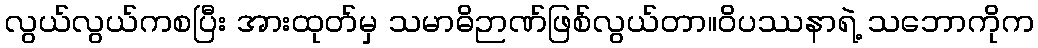
လွယ်လွယ်ကစပြီး အားထုတ်မှ သမာဓိဉာဏ်ဖြစ်လွယ်တာ။ဝိပဿနာရဲ့ သဘောကိုက